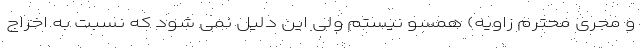
و مجری محترم زاویه) همسو نیستم ولی این دلیل نمی شود که نسبت به اخراج